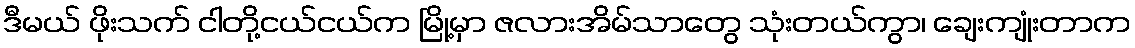
ဒီမယ် ဖိုးသက် ငါတို့ငယ်ငယ်က မြို့မှာ ဇလားအိမ်သာတွေ သုံးတယ်ကွာ၊ ချေးကျုံးတာက